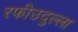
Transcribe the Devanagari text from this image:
रफीउदुल्ला